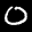
Label: 0